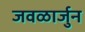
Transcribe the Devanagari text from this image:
जवळार्जुन